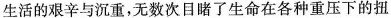
生活的艰辛与沉重，无致次目睹了生命在各种重压下的扭